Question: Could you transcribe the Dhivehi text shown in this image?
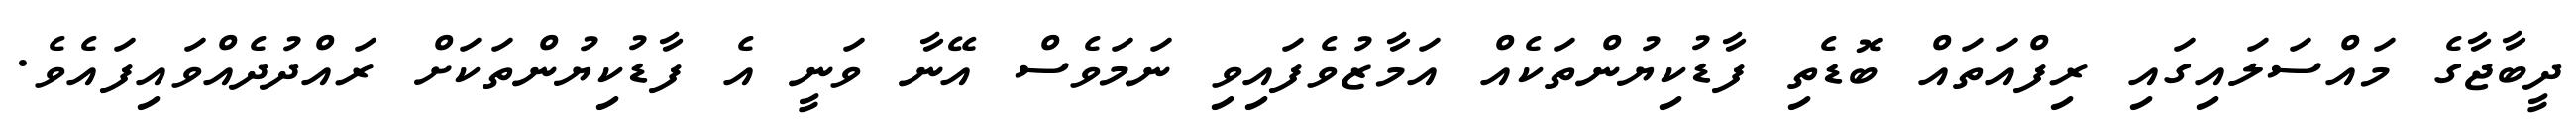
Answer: ދީބާޖާގެ މައްސަލައިގައި ރިފްއަތައް ބޮޑެތި ފާޑުކިޔުންތަކެއް އަމާޒުވެފައިވި ނަމަވެސް އޭނާ ވަނީ އެ ފާޑުކިޔުންތަކަށް ރައްދުދެއްވައިފައެވެ.